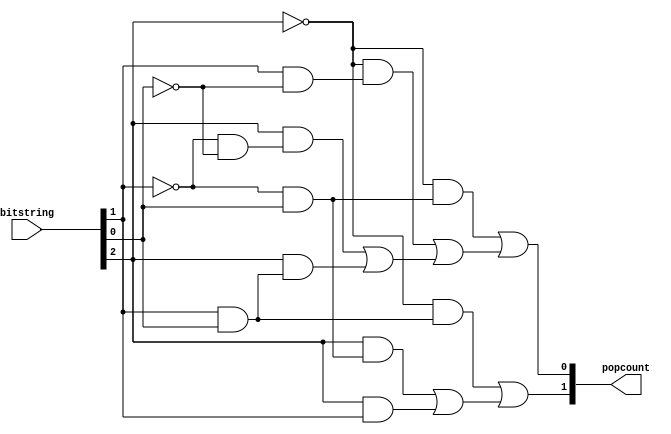
module Popcount(
  input [2:0] bitstring,
  output [1:0] popcount
);

  // INSERT LOGIC HERE
  wire y, y1, y2, y3;
  wire z, z1, z2, z3, z4;

  // Count number of 1s for output y (higher order)
  assign y1 = ~bitstring[2] & (bitstring[1] & bitstring[0]);
  assign y2 = bitstring[2] & (~bitstring[1] & bitstring[0]);
  assign y3 = bitstring[2] & bitstring[1];
  assign y = y1 | (y2 | y3);

  // Count number of 1s for output z (lower order)
  assign z1 = ~bitstring[2] & (~bitstring[1] & bitstring[0]);
  assign z2 = ~bitstring[2] & (bitstring[1] & ~bitstring[0]);
  assign z3 = bitstring[2] & (~bitstring[1] & ~bitstring[0]);
  assign z4 = bitstring[2] & (bitstring[1] & bitstring[0]);
  assign z = z1 | (z2 | (z3 | z4));

  // Assign the higher and lower bits of popcount to y and z respectively
  assign popcount[1] = y;
  assign popcount[0] = z;

endmodule